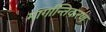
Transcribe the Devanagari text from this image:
मार्गान्तिकरण